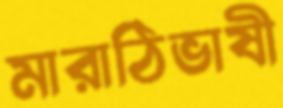
মারাঠিভাষী